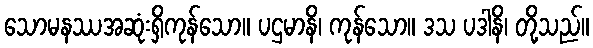
သောမနဿအဆုံးရှိကုန်သော။ ပဌမာနိ၊ ကုန်သော။ ဒသ ပဒါနိ၊ တို့သည်။